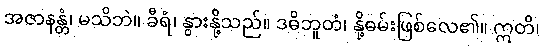
အဇာနန္တံ၊ မသိဘဲ။ ခီရံ၊ နွားနို့သည်။ ဒဓိဘူတံ၊ နို့ဓမ်းဖြစ်လေ၏။ ဣတိ၊